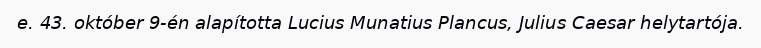
e. 43. október 9-én alapította Lucius Munatius Plancus, Julius Caesar helytartója.